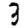
Digit: 3